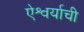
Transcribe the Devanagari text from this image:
ऐश्वर्याची